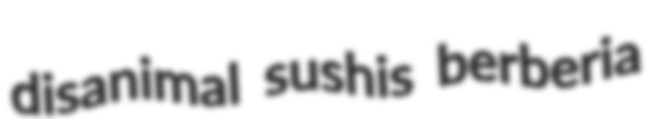
disanimal sushis berberia